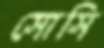
সোসি